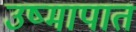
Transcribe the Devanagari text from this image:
उष्मापात